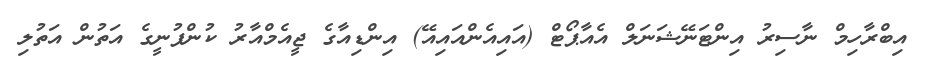
އިބްރާހިމް ނާސިރު އިންޓަނޭޝަނަލް އެއާޕޯޓް (އައިއެންއައިއޭ) އިންޑިއާގެ ޖީއެމްއާރު ކުންފުނީގެ އަތުން އަތުލި